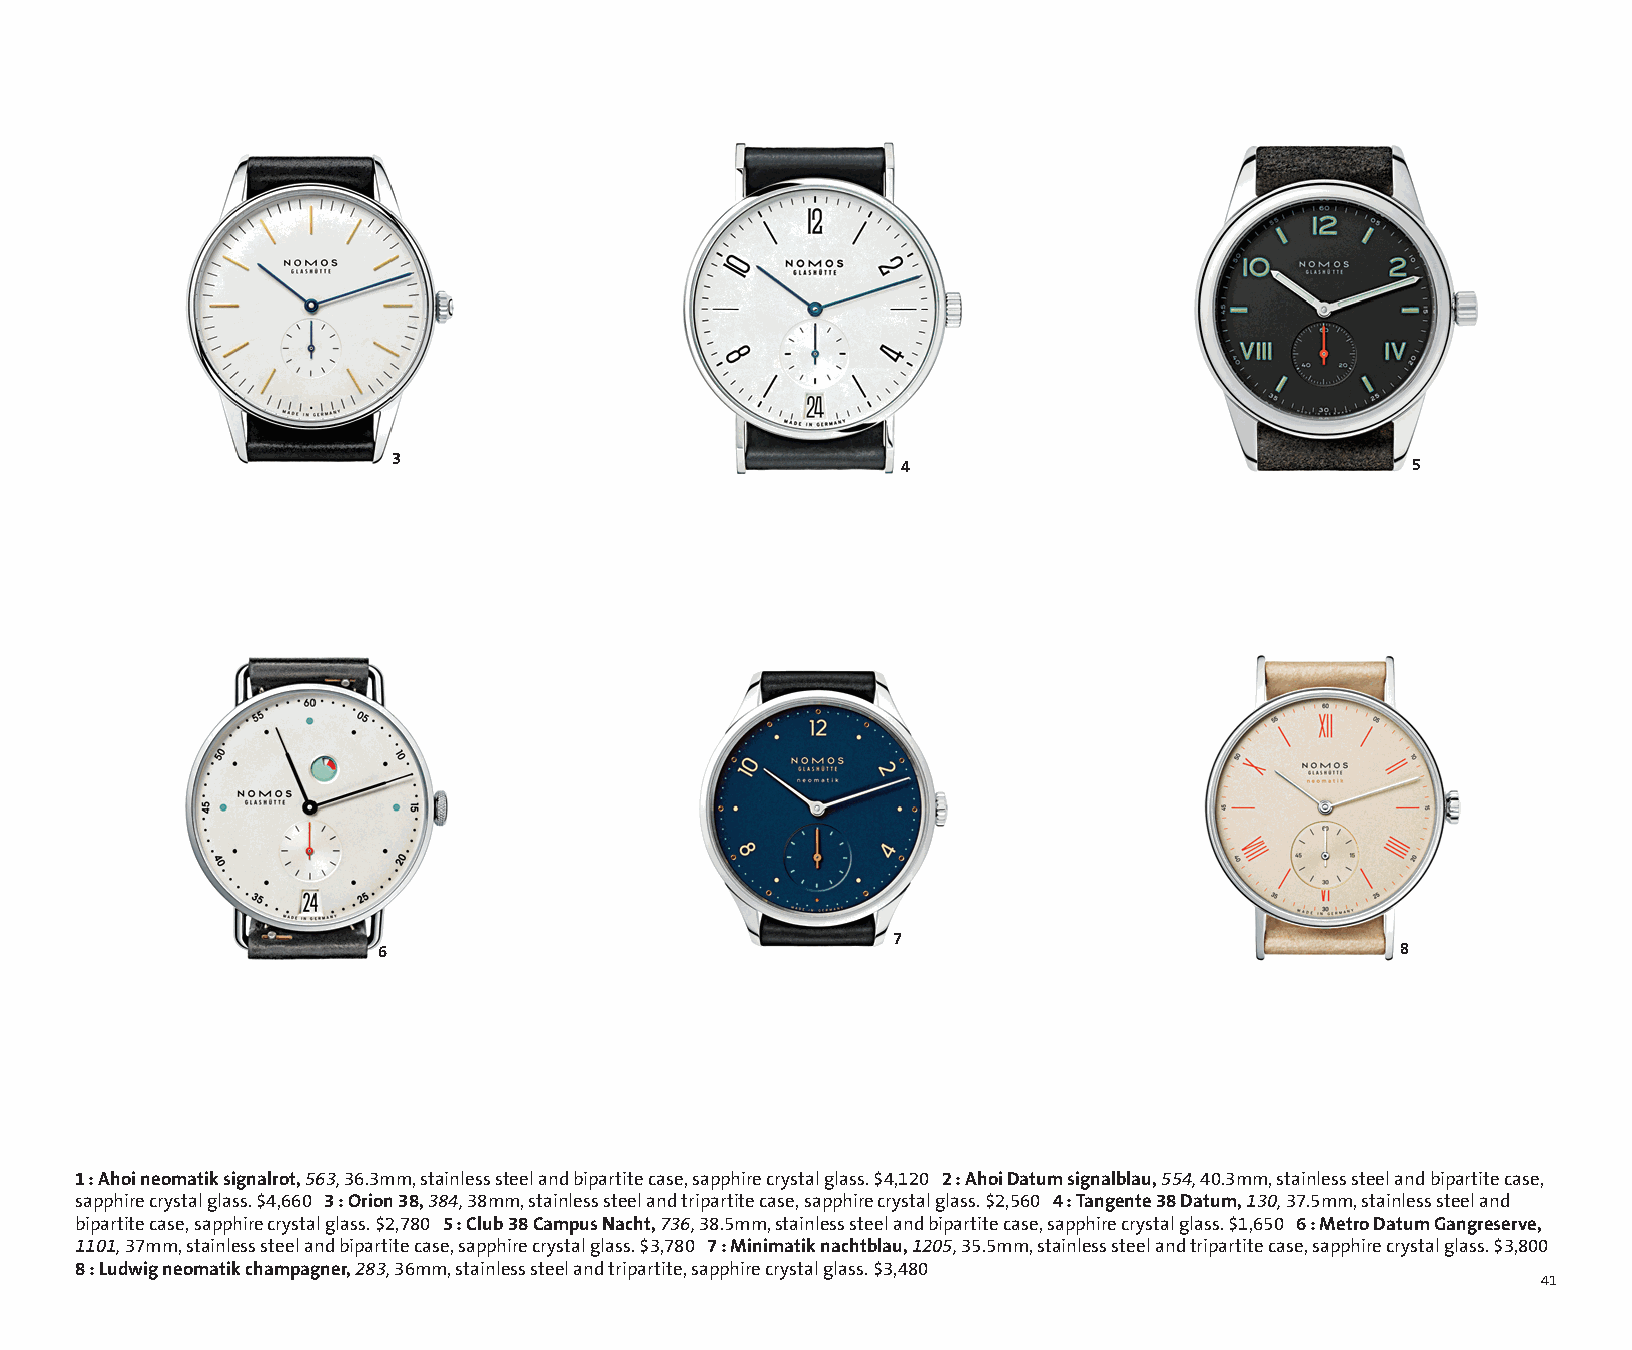
Alternate Insight ai135487b_41 Proof 2
 FullCatalogMech Text
 3
 4                                5
 7
 6                                                                   8
 1 : Ahoi neomatik signalrot, 563, 36.3mm, stainless steel and bipartite case, sapphire crystal glass. $4,120 2 : Ahoi Datum signalblau, 554, 40.3mm, stainless steel and bipartite case,
 sapphire crystal glass. $4,660 3 : Orion 38, 384, 38mm, stainless steel and tripartite case, sapphire crystal glass. $2,560 4 : Tangente 38 Datum, 130, 37.5mm, stainless steel and
 bipartite case, sapphire crystal glass. $2,780 5 : Club 38 Campus Nacht, 736, 38.5mm, stainless steel and bipartite case, sapphire crystal glass. $1,650 6 : Metro Datum Gangreserve,
 1101, 37mm, stainless steel and bipartite case, sapphire crystal glass. $3,780 7 : Minimatik nachtblau, 1205, 35.5mm, stainless steel and tripartite case, sapphire crystal glass. $3,800
 8 : Ludwig neomatik champagner, 283, 36mm, stainless steel and tripartite, sapphire crystal glass. $3,480
 41
 Cyan Magenta Yellow Black